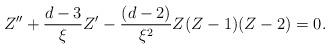
LaTeX: \begin{align*} Z'' + \frac{d-3}{\xi} Z' - \frac{(d-2)}{\xi^2} Z(Z-1) (Z-2) =0.\end{align*}